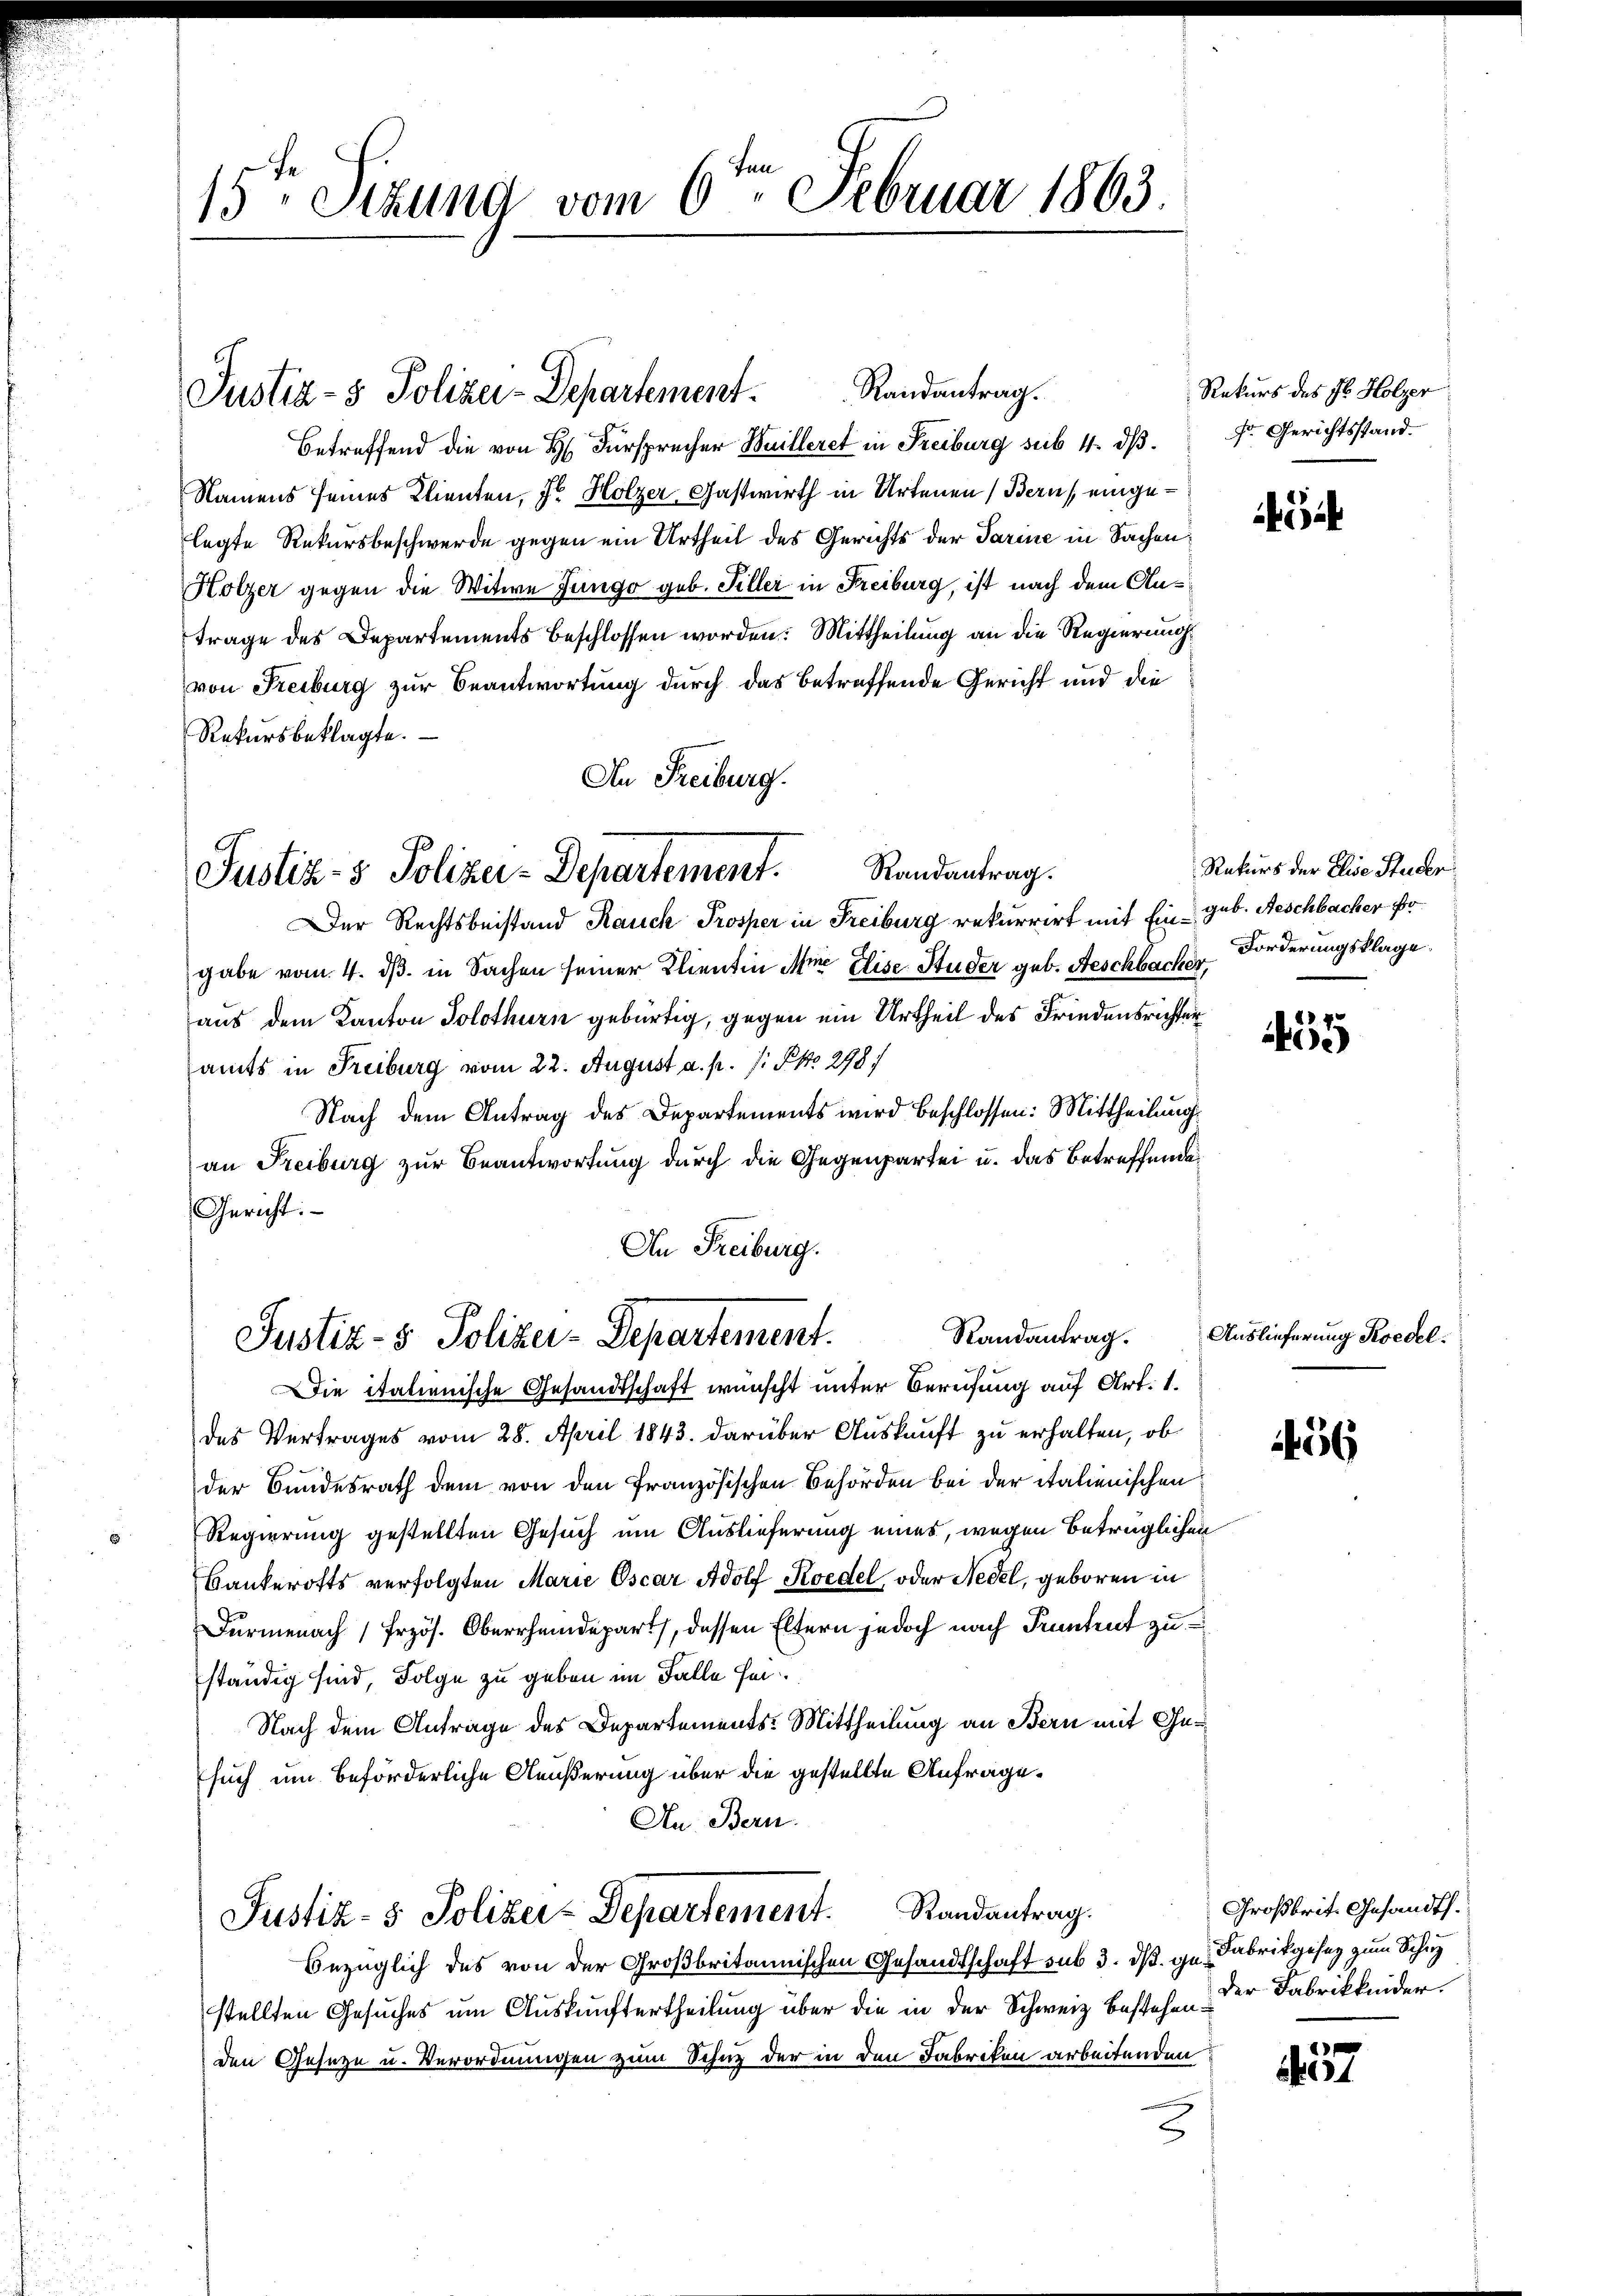
15ten Sizung vom 6ten Februar 1863.

Betreffend die von H. Fürsprecher Weilleret in Freiburg seit 4. dβ.
Namens seines Klienten, Sr Holzer, Gastwirth in Artenen Bern, eingelegte Rekursbeschwerde gegen ein Urtheil des Gerichts der Parine in Sachen¬
Holzer gegen die Witwe Jüngo geb. Hiller in Freiburg, ist nach dem Antrage des Departements beschlossen worden: Mittheilung an die Regierung
von Freiburg zur Beantwortung durch das betreffende Gericht und die
Rekŭrsbeklagte.
An Freiburg.
Der Rechtsbeistand Rauch Prosper in Freiburg rekurrirt mit Ein geb. Beschbacher fo
gabe vom 4. ds. in Sachen seiner Klientin Mir Elise Studer geb. Aeschbacker,
aus dem Kanton Solothurn gebürtig, gegen ein Urtheil des Friedensrichter
samts in Freiburg vom 22. August a. p. 1. No 298
Nach dem Antrag des Departements wird beschlossen: Mittheilung
an Freiburg zur Beantwortung durch die Gegenpartei u. das Betreffende
Gericht.
An Freiburg.
Randantrag.
Justiz- & Polizei-Departement.
Die italienische Gesandtschaft wünscht unter Berufung auf Art. 1.
des Vertrages vom 28. April 1843. darüber Auskauft zu erhalten, ob
der Bundesrath dem von den französischen Behörden bei der italienischen
Regierung gestellten Gesuch um Auslieferung eines, wegen betrüglichen
Bankerotts verfolgten Marie Oscar Adolf Koedel, oder Nedel, geboren in
Fürmenach (Erzös. Oberrheidepart, dessen Eltern jedoch nach Pruntrut zu
ständig sind, Folge zu geben im Falle sei¬
Nach dem Antrage des Departements-Mittheilung an Bern mit Gesuch um beförderliche Aeußerung über die gestellte Anfrage.
An Bern.

Justiz- & Polizei-Departement. Randantrag.

Justiz- & Polizer-Departement. Randantrag.

Justiz- & Polizei-Departement. Randantrag.

Rekurs des Jb. Holzer
F. Gerichtsstand.

Bezüglich des von der Großbritannischen Gesandtschaft sub 3. dß. ge. Fabrikgesez zum Schuz
stellten Gesuches um Auskunftertheilung über die in der Schweiz bestehen.
den Geseze u. Verordnungen zum Schutz der in den Fabriken arbeitenden
3

i

Rekurs der Elise Studer
Forderungsklage.

455

Auslieferung Koedel.

56

2
157

Großbrit. Gesandth.
der Fabrikkinder.